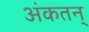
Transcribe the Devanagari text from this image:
अंकतन्